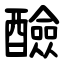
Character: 醶